Insane asylums in Bengal annual reports 1876-1887 - 1876-1887
Year: 1876
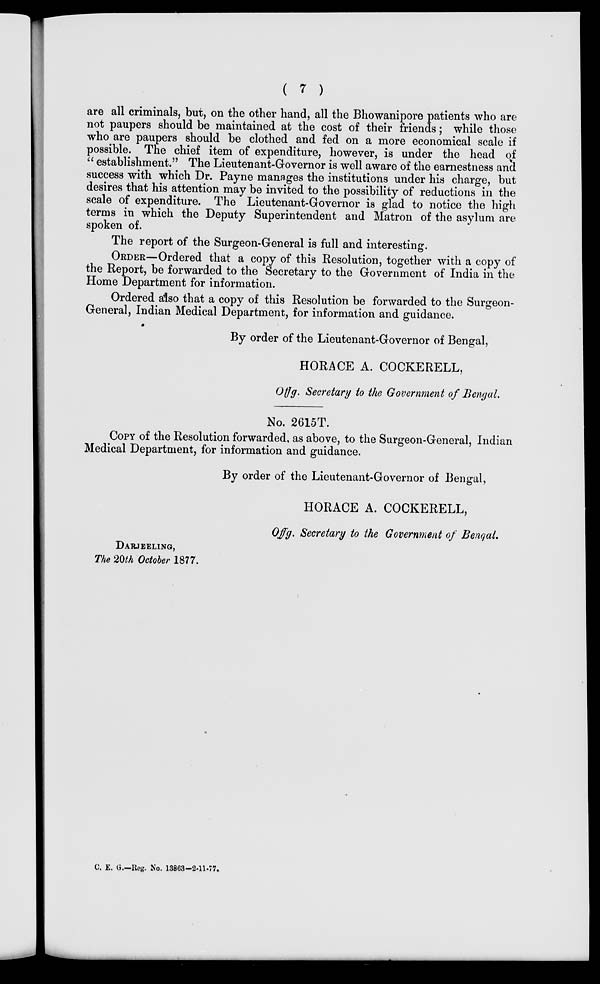
( 7 )
are all criminals, but, on the other hand, all the Bhowanipore patients who are
not paupers should be maintained at the cost of their friends; while those
who are paupers should be clothed and fed on a more economical scale if
possible. The chief item of expenditure, however, is under the head of
" establishment." The Lieutenant-Governor is well aware of the earnestness and
success with which Dr. Payne manages the institutions under his charge, but
desires that his attention may be invited to the possibility of reductions in the
scale of expenditure. The Lieutenant-Governor is glad to notice the high
terms in which the Deputy Superintendent and Matron of the asylum are
spoken of.
The report of the Surgeon-General is full and interesting.
ORDER–Ordered that a copy of this Resolution, together w1th a copy of
the Report, be forwarded to the Secretary to the Government of India in the
Home Department for information.
Ordered also that a copy of this Resolution be forwarded to the Surgeon-
General, Indian Medical Department, for information and guidance.
By order of the Lieutenant-Governor of Bengal,
HORACE A. COCKERELL,
Offg. Secretary to the Government of Bengal.
No. 2615T.
COPY of the Resolution forwarded, as above, to the Surgeon-General, Indian
Medical Department, for informat1on and guidance.
By order of the Lieutenant-Governor of Bengal,
HORACE A. COCKERELL,
Offg, Secretary to the Government of Bengal.
DARJEELING,
The 20th October 1877.
C. E. G.-Reg. No. 13863-2-11-77.